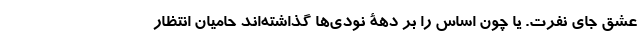
عشق جای نفرت. یا چون اساس را بر دهۀ نودی‌ها گذاشته‌اند حامیان انتظار